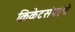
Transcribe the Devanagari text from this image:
क्रिकेटसंघांचे